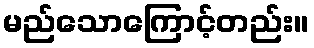
မည်သောကြောင့်တည်း။